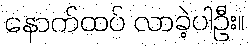
နောက်ထပ် လာခဲ့ပါဦး။